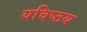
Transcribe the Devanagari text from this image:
यविष्ठय